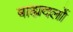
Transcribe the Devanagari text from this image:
बाह्यदलों